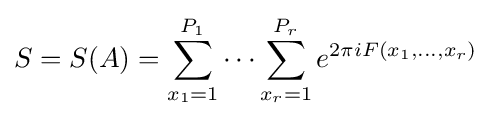
S=S(A)=\sum _{x_{1}=1}^{P_{1}}\dots \sum _{x_{r}=1}^{P_{r}}e^{2\pi iF(x_{1},\dots ,x_{r})}